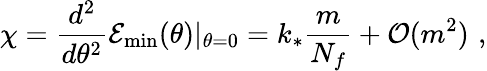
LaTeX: \chi=\frac{d^{2}}{d\theta^{2}}{\cal E}_{\mathrm{min}}(\theta)|_{\theta=0}=k_{*}\frac{m}{N_{f}}+{\cal{O}}(m^{2})\, \, ,